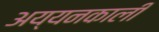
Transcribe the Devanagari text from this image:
अय्यनकाली